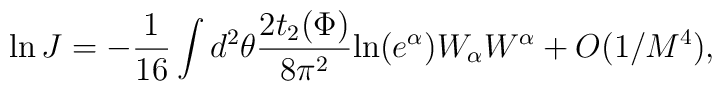
\ln J = -\frac{1}{16} \int d^{2} \theta \frac{2 t_2(\Phi)}{8 \pi^2}  \mbox{ln}(e^\alpha) W_{\alpha} W^{\alpha} + O(1/M^4),